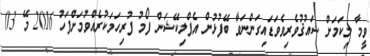
ވީމާ މިކަމަށް ޝައުޤުވެރިވެވަޑައިގަންނަވާ ބޭފުޅުން އެޕްލިކޭޝަން ފޯމު ފުރިހަމަކުރެއްވުމަށްފަހު 2016 މޭ 03